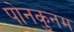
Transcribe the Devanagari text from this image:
पोनकुनम